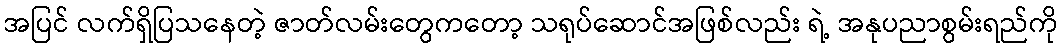
အပြင် လက်ရှိပြသနေတဲ့ ဇာတ်လမ်းတွေကတော့ သရုပ်ဆောင်အဖြစ်လည်း ရဲ့ အနုပညာစွမ်းရည်ကို